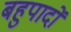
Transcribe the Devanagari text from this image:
बहुपादों